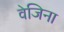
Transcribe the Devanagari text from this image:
वेजिना